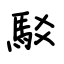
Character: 駁